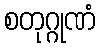
စတုဂ္ဂုဏံ